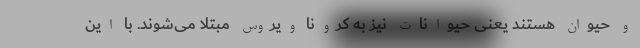
و حیوان هستند یعنی حیوانات نیز به کرونا ویروس مبتلا می‌شوند. با این